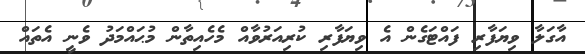
އާގަލާ ވިޔަފާރި ފައްޓަގެން އެ ވިޔަފާރި ކުރިއަރުވާއް މެހެއިތާން މުޙައްމަދު ވެނީ އެތައް